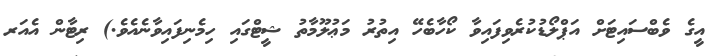
އީގެ ވެބްސައިޓަށް އަޕްލޯޑުކުރެވިފައިވާ ކޯހާބެހޭ އިތުރު މަޢުލޫމާތު ޝީޓްގައި ހިމެނިފައިވާނެއެވެ.) ރިޓާން އެއަރ